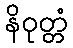
နိဝုတ္တံ